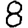
Digit: 8